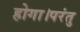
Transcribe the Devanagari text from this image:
होगा।परंतु